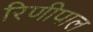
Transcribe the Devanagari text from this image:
रिणीपाल